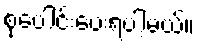
စုပေါင်းပေးရပါ့မယ်။